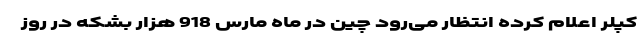
کپلر اعلام کرده انتظار می‌رود چین در ماه مارس 918 هزار بشکه در روز